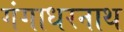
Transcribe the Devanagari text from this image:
गंगाधरनाथ